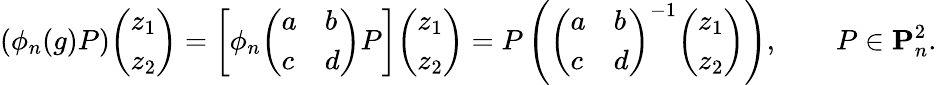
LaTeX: (\phi_{n}(g)P){\left(\begin{array}{l}{z_{1}}\\ {z_{2}}\end{array}\right)}=\left[\phi_{n}{\left(\begin{array}{ll}{a}&{b}\\ {c}&{d}\end{array}\right)}P\right]{\left(\begin{array}{l}{z_{1}}\\ {z_{2}}\end{array}\right)}=P\left({\left(\begin{array}{ll}{a}&{b}\\ {c}&{d}\end{array}\right)}^{-1}{\left(\begin{array}{l}{z_{1}}\\ {z_{2}}\end{array}\right)}\right),\qquad P\in\mathbf{P}_{n}^{2}.